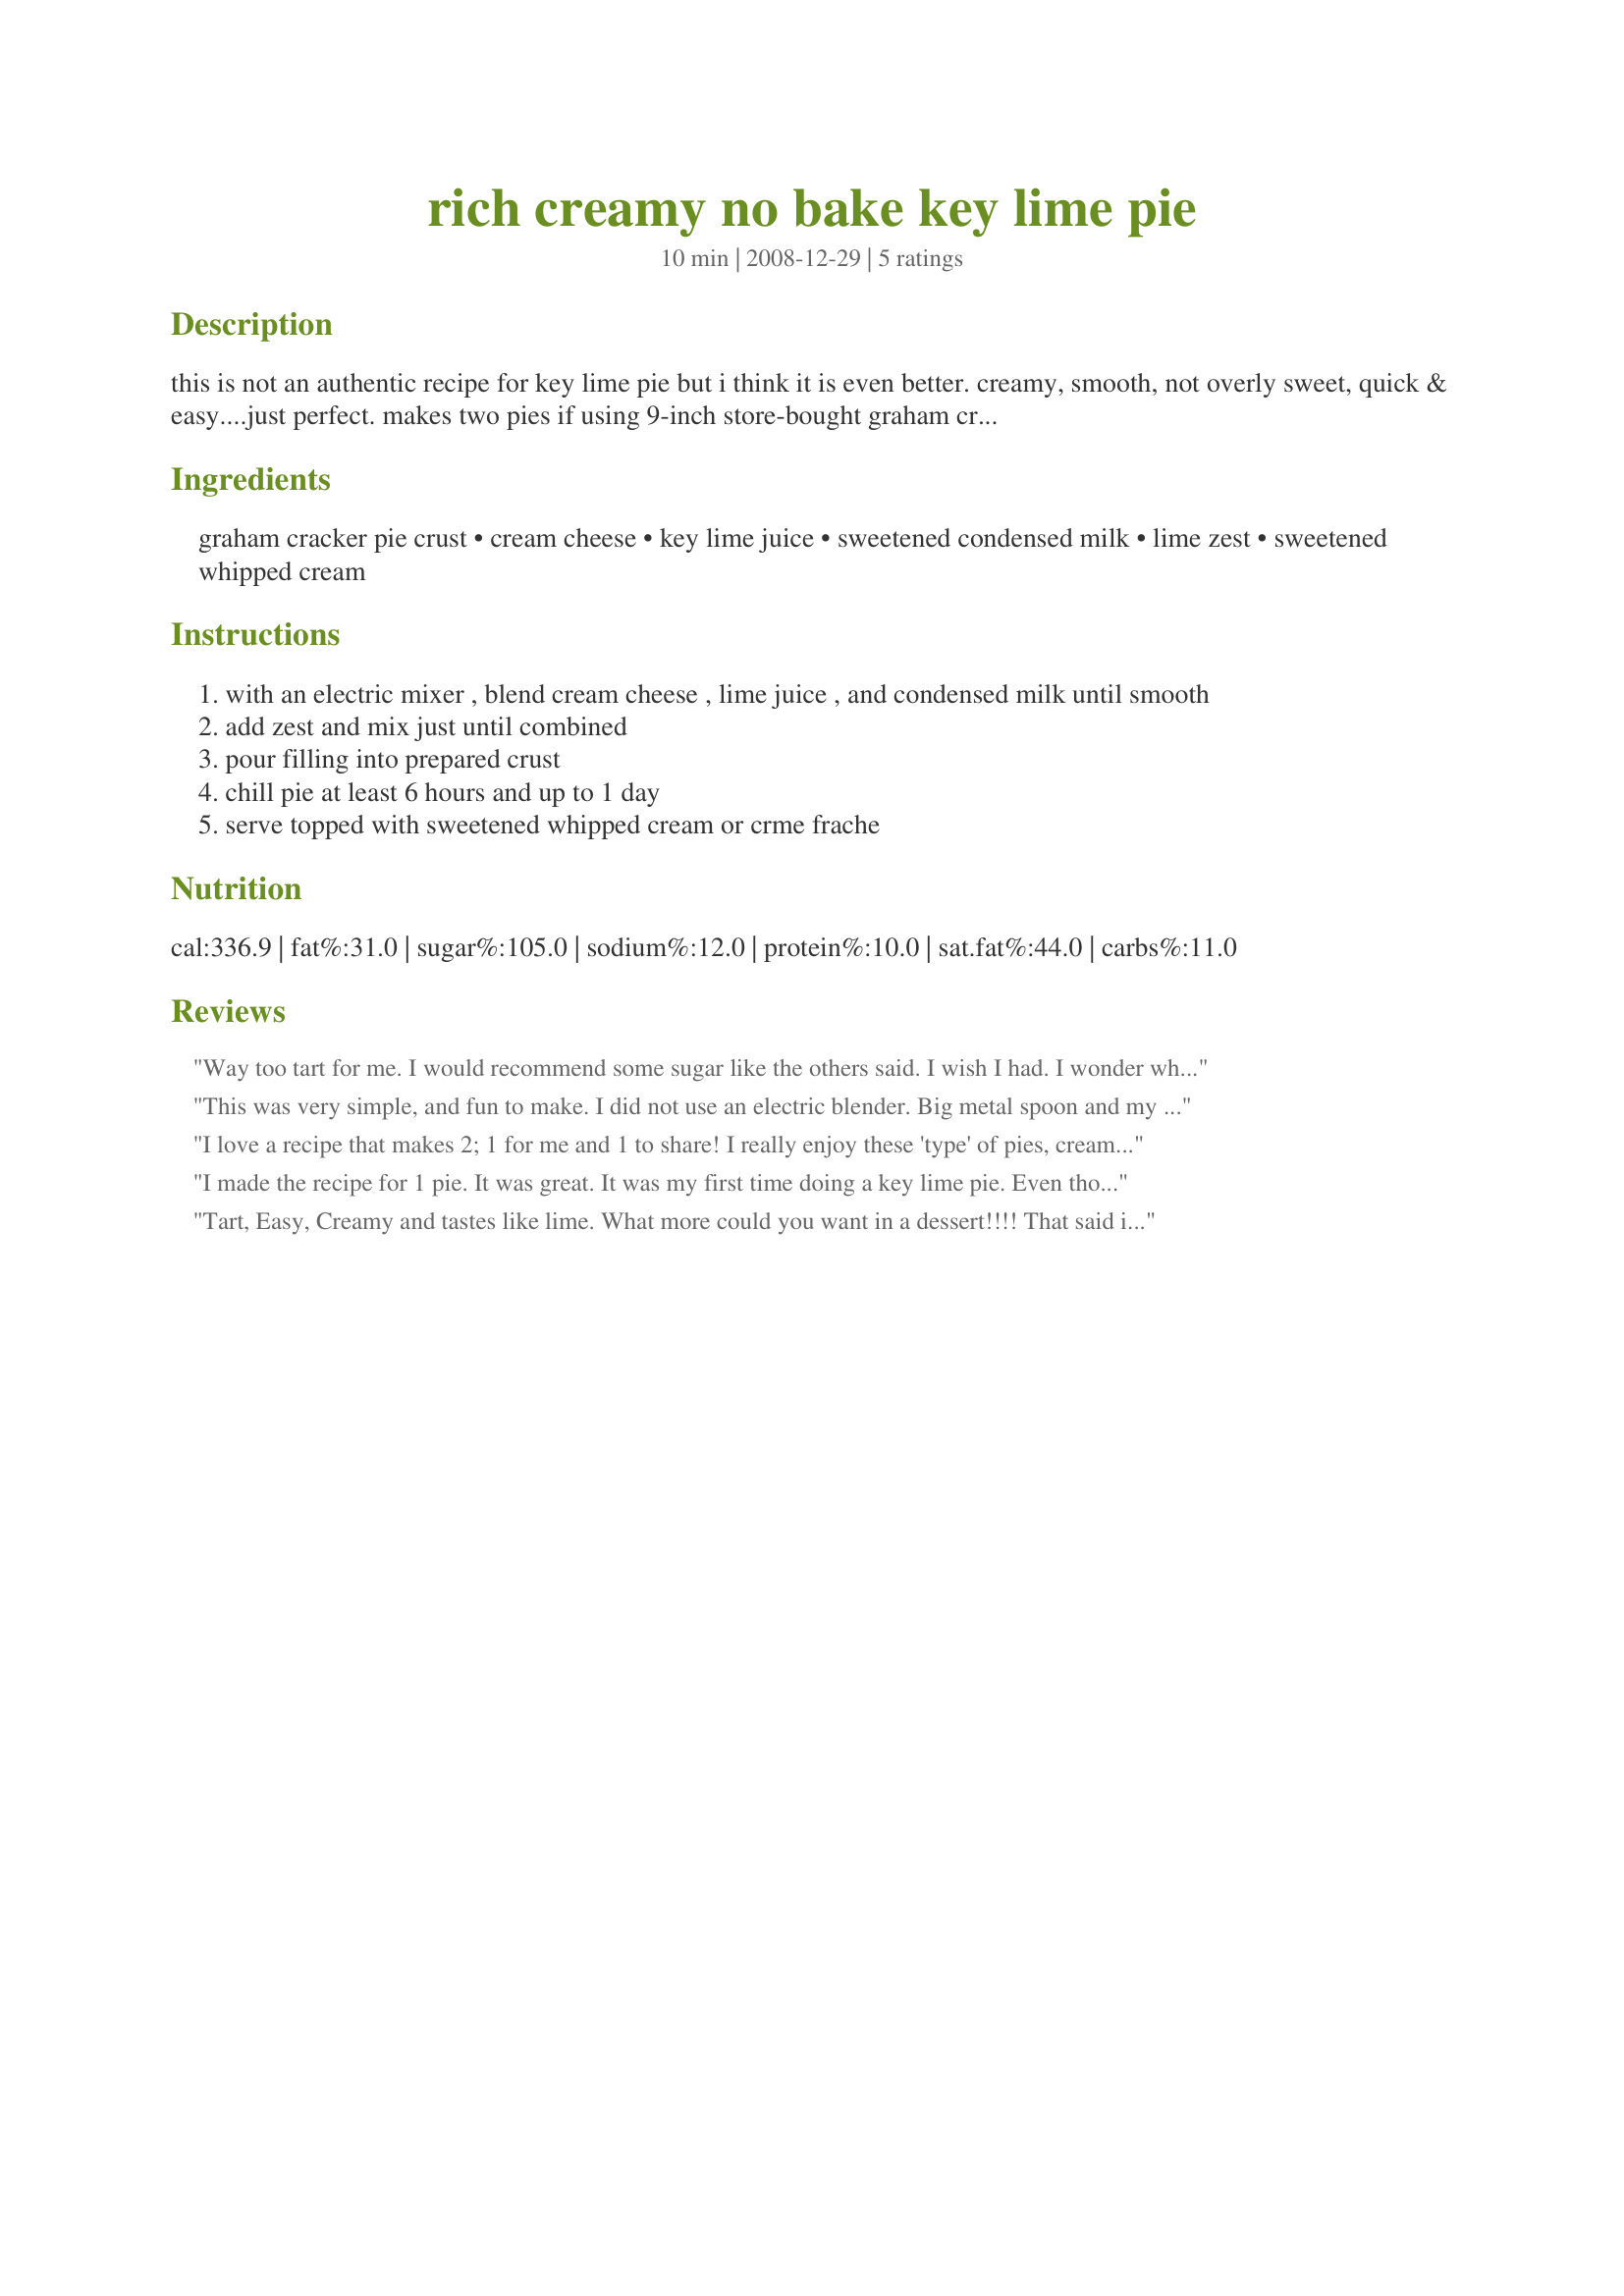
rich creamy no bake key lime pie
Preparation time: 10 minutes

this is not an authentic recipe for key lime pie but i think it is even better. creamy, smooth, not overly sweet, quick & easy....just perfect. makes two pies if using 9-inch store-bought graham cracker crusts.

Ingredients:
graham cracker pie crust, cream cheese, key lime juice, sweetened condensed milk, lime zest, sweetened whipped cream

Steps:
with an electric mixer , blend cream cheese , lime juice , and condensed milk until smooth
add zest and mix just until combined
pour filling into prepared crust
chill pie at least 6 hours and up to 1 day
serve topped with sweetened whipped cream or crme frache

Reviews:
Way too tart for me. I would recommend some sugar like the others said. I wish I had. I wonder what it would taste like if you substituted 1/2 of the cream cheese with freshly whipped cream...
This was very simple, and fun to make. I did not use an electric blender. Big metal spoon and my muscles only. I used green food coloring since I made it for St. Patrick&#039;s Day. I mixed the food coloring into the cream cheese mixture. I added green sugar crystals after the pie refrigerated overnight. I added the lime slices garnish before adding the sugar crystals. Fun festive, and not too tart in my opinion.
I love a recipe that makes 2; 1 for me and 1 to share! I really enjoy these 'type' of pies, creamy and delicious, without too much work. That said, after the ingredients were mixed together, I tasted, and added approx. 1/4 c. of powdered sugar. It was still very tart, and next time I will use perhaps 1/2 cup of the sugar. It is hard to beat this recipe for ease of preparation; I'll definitely be making these again! :-) Thanks for sharing, swissms!
I made the recipe for 1 pie. It was great. It was my first time doing a key lime pie. Even though I used regular lime. My son helped me to mix the ingredients. It's so yummy. I made a graham crumb crust. Thanks Swissms :) Made for PRMR tag game
Tart, Easy, Creamy and tastes like lime. What more could you want in a dessert!!!! That said it was a little too tart for us, personal preference. I think I would add some powdered sugar next time. 
Made for Summer Comfort Cafe 2009.
